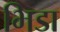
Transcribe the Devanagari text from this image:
भिडा